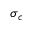
\sigma _ { c }